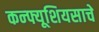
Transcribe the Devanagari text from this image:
कन्फ्यूशियसाचे